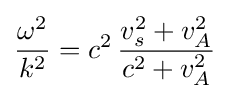
{\frac {\omega ^{2}}{k^{2}}}=c^{2}\,{\frac {v_{s}^{2}+v_{A}^{2}}{c^{2}+v_{A}^{2}}}